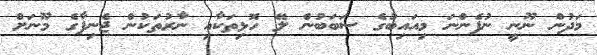
މަދުން ނޫނީ ނުފެންނަ މިއައިބުގެ ސަބަބުން ލޭ ހޮޅިތަކާއި ނާރުތަކުން ޖެނިފާގެ މޫނަށް